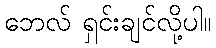
ဘေလ် ရှင်းချင်လို့ပါ။